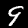
Label: 9